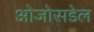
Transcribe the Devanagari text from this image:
ओजोसडेल